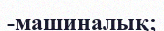
-машиналық;